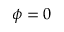
\phi = 0